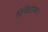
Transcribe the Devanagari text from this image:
स्थिरांक।